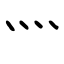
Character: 灬